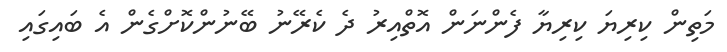
މަތިން ކިރިޔަ ކިރިޔާ ފެންނަން އޮތްއިރު ދެ ކެރޭނު ބޭނުންކޮށްގެން އެ ބައިގައި